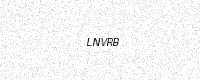
Text: LNVRB